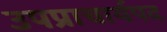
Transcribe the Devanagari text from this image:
उपप्राचार्यपद